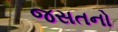
જસતનો